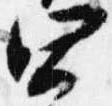
四